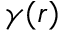
\gamma ( r )